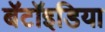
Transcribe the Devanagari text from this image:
बॅटॉइडिया